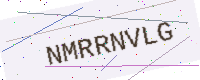
Text: NMRRNVLG